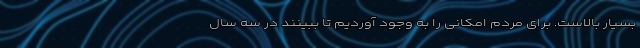
بسیار بالاست. برای مردم امکانی را به وجود آوردیم تا ببینند در سه سال